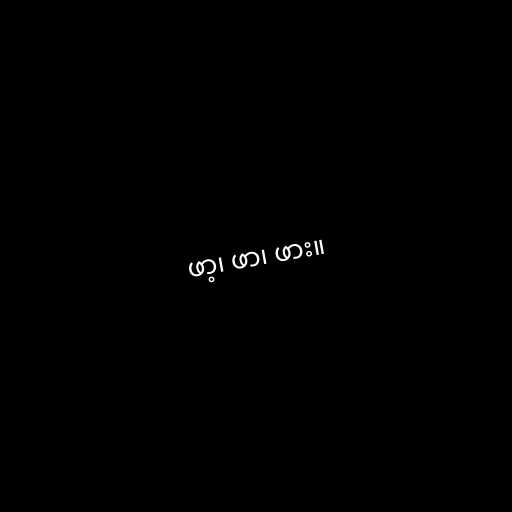
ဖာ့၊ ဖာ၊ ဖား။